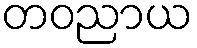
တဝညာယ